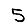
Digit: 5